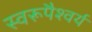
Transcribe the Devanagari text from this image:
स्वरूपैश्वर्य